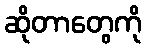
ဆိုတာတွေကို